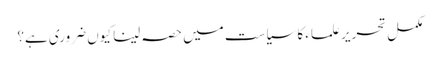
مکمل تحریر علماء کا سیاست میں حصہ لینا کیوں ضروری ہے؟